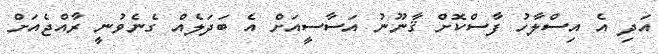
އަދި އެ އިސްލާހު ފާސްކޮށް ޤާނޫނު އަސާސީއަށް އެ ބަދަލެއް ގެނެވުނީ ރާއްޖެއަށް